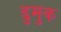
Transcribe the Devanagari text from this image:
डुमुक